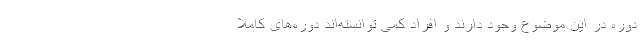
دوره در این موضوع وجود دارند و افراد کمی توانسته‌اند دوره‌های کاملا